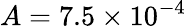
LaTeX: A=7.5\times 10^{-4}